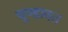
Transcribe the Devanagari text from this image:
चूण्डावत